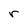
Character: r